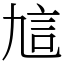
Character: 訄